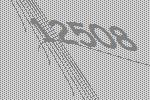
12508